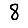
Digit: 8